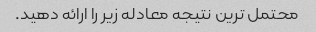
محتمل ترین نتیجه معادله زیر را ارائه دهید.